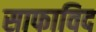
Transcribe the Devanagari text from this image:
साफाविद